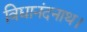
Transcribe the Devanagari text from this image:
विद्यानंदनाथ।